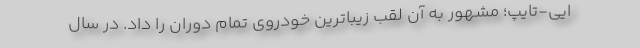
ایی-تایپ؛ مشهور به آن لقب زیباترین خودروی تمام دوران را داد. در سال